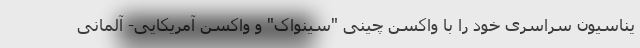
یناسیون سراسری خود را با واکسن چینی "سینواک" و واکسن آمریکایی- آلمانی